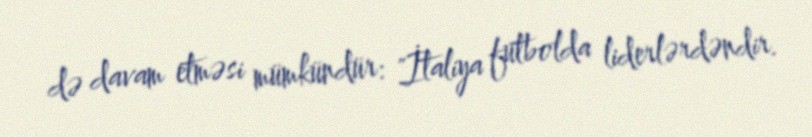
də davam etməsi mümkündür: "İtaliya futbolda liderlərdəndir.